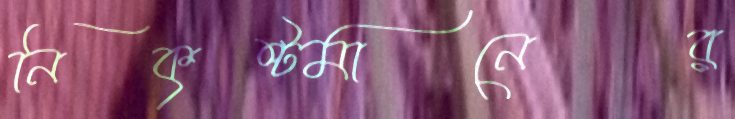
নিকৃষ্টমানের